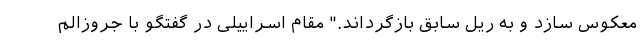
معکوس سازد و به ریل سابق بازگرداند." مقام اسراییلی در گفتگو با جروزالم